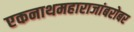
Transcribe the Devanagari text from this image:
एकनाथमहाराजांबरोबर